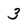
Character: 3